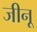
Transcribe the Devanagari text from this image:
जीनू